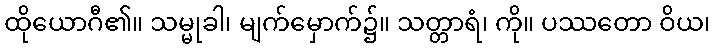
ထိုယောဂီ၏။ သမ္မုခါ၊ မျက်မှောက်၌။ သတ္တာရံ၊ ကို။ ပဿတော ဝိယ၊